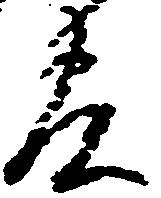
官